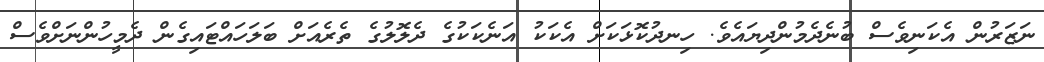
ނަޒަރުން އެކަނިވެސް ބުނެދެމުންދިޔައެވެ. ހިނދުކޮޅަކަށް އެކަކު އަނެކަކުގެ ދެލޮލުގެ ތެރެއަށް ބަލަހައްޓައިގެން ދެމީހުންނަށްވެސް